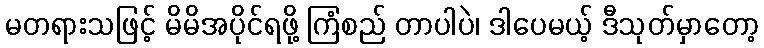
မတရားသဖြင့် မိမိအပိုင်ရဖို့ ကြံစည် တာပါပဲ၊ ဒါပေမယ့် ဒီသုတ်မှာတော့